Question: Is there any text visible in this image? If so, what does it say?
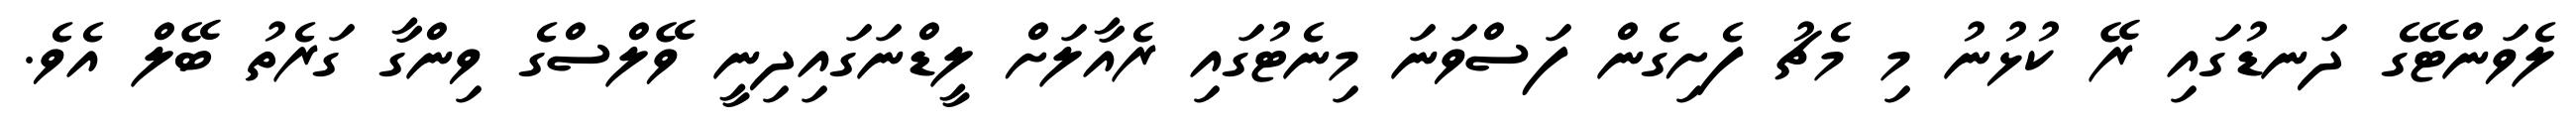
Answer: ލެވަންޓޭގެ ދަނޑުގައި ރޭ ކުޅުނު މި މެޗު ފެށިގެން ފަސްވަނަ މިނެޓުގައި ރެއާލަށް ލީޑްނަގައިދިނީ ވޭލްސްގެ ވިންގާ ގަރެތު ބޭލް އެވެ.